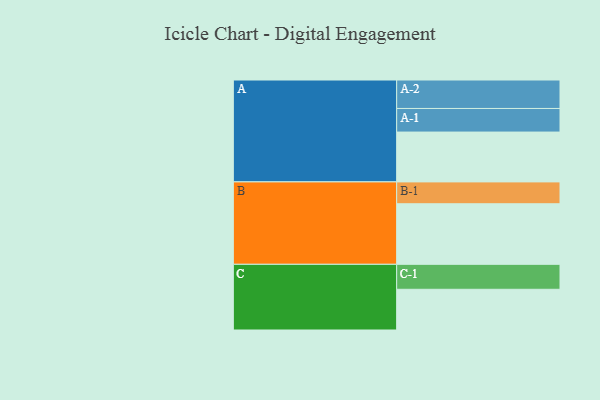
{"axis": {"x": "Segment", "y": "Value"}, "legend": ["", "A", "B", "C"], "data": [{"x": "A", "y": 399, "type": ""}, {"x": "B", "y": 485, "type": ""}, {"x": "C", "y": 326, "type": ""}, {"x": "A-1", "y": 189, "type": "A"}, {"x": "A-2", "y": 228, "type": "A"}, {"x": "B-1", "y": 175, "type": "B"}, {"x": "C-1", "y": 200, "type": "C"}]}